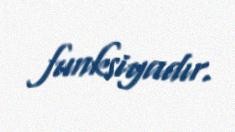
funksiyadır.